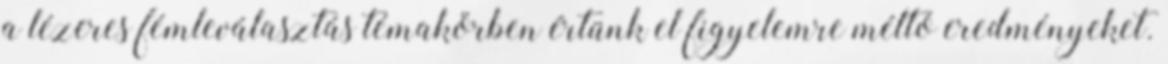
a lézeres fémleválasztás témakörben értünk el figyelemre méltó eredményeket.